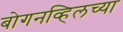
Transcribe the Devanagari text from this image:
बोगनव्हिलच्या